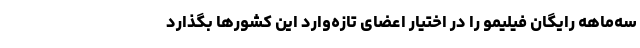
سه‌ماهه رایگان فیلیمو را در اختیار اعضای تازه‌وارد این کشورها بگذارد